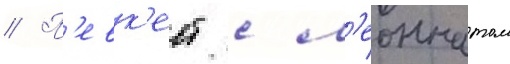
// П'евк'ест с л'еоннатом